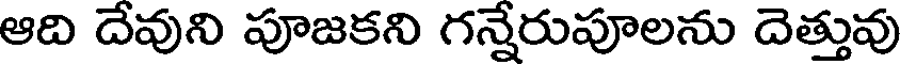
ఆది దేవుని పూజకని గన్నేరుపూలను దెత్తువు